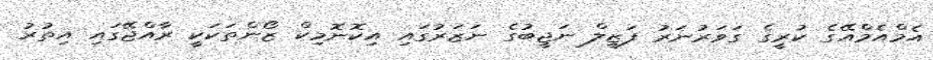
އެމްއެމްއޭގެ ކުރީގެ ގަވަރުނަރު ފަޒީލް ނަޖީބުގެ ނަޒަރުގައި އިކޮނޮމިކް ޒޯންތަކަކީ ރާއްޖޭގައި އިތުރު